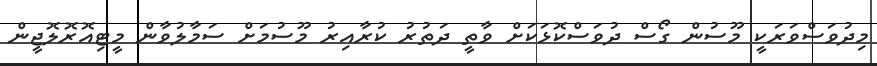
މިދުވަސްވަރަކީ މޫސުން ގޯސް ދުވަސްކޮޅަކަށް ވާތީ ދަތުރު ކުރާއިރު މޫސުމަށް ސަމާލުވާން މީޓިއޮރޮލޮޖީން